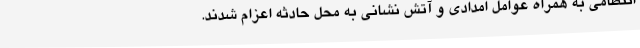
انتظامی به همراه عوامل امدادی و آتش نشانی به محل حادثه اعزام شدند.